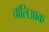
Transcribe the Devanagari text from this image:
चॉलिआक